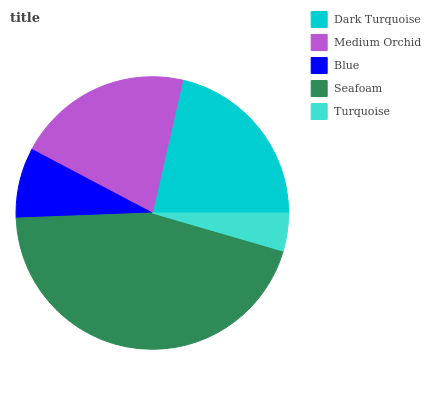
| Dark Turquoise | Medium Orchid | Blue | Seafoam | Turquoise |
 | --- | --- | --- | --- | --- |
 | 21.5% | 20.8% | 8.32% | 44.9% | 4.5% |